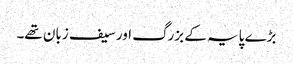
بڑے پایہ کے بزرگ اور سیف زبان تھے۔